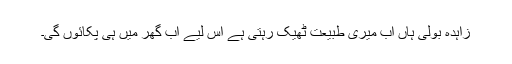
زاہدہ بولی ہاں اب میری طبیعت ٹھیک رہتی ہے اس لیے اب گھر میں ہی پکائوں گی۔